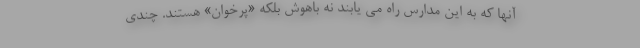
آنها که به این مدارس راه می یابند نه باهوش بلکه «پُرخوان» هستند. چندی